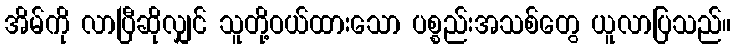
အိမ်ကို လာပြီဆိုလျှင် သူတို့ဝယ်ထားသော ပစ္စည်းအသစ်တွေ ယူလာပြသည်။